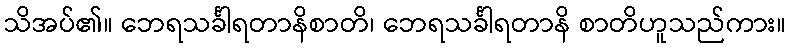
သိအပ်၏။ ဘေရသင်္ခါရတာနိစာတိ၊ ဘေရသင်္ခါရတာနိ စာတိဟူသည်ကား။